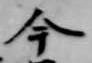
今